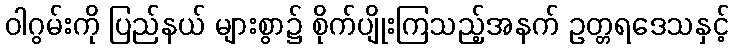
ဝါဂွမ်းကို ပြည်နယ် များစွာ၌ စိုက်ပျိုးကြသည့်အနက် ဥတ္တရဒေသနှင့်